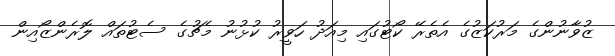
ޒުވާނުންގެ މަރުކަޒުގެ އެތެރޭ ކޯޓުގައި މިއަދު ހަވީރު ކުޅުނު މެޗުގެ ސެޓުތައް ލޮރެންޒޯއިން